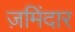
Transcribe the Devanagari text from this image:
ज़मिंदार